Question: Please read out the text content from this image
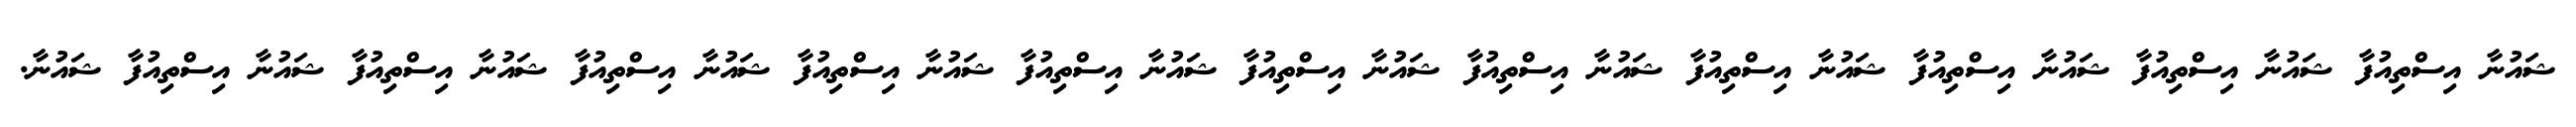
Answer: ޝައުނާ އިސްތިއުފާ ޝައުނާ އިސްތިއުފާ ޝައުނާ އިސްތިއުފާ ޝައުނާ އިސްތިއުފާ ޝައުނާ އިސްތިއުފާ ޝައުނާ އިސްތިއުފާ ޝައުނާ އިސްތިއުފާ ޝައުނާ އިސްތިއުފާ ޝައުނާ އިސްތިއުފާ ޝައުނާ އިސްތިއުފާ ޝައުނާ އިސްތިއުފާ ޝައުނާ.